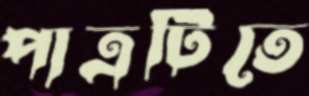
পাত্রটিতে